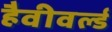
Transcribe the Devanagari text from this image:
हैवीवर्ल्ड